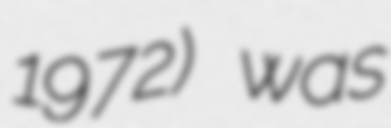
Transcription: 1972) was